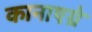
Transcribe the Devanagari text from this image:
कानाएग्रे